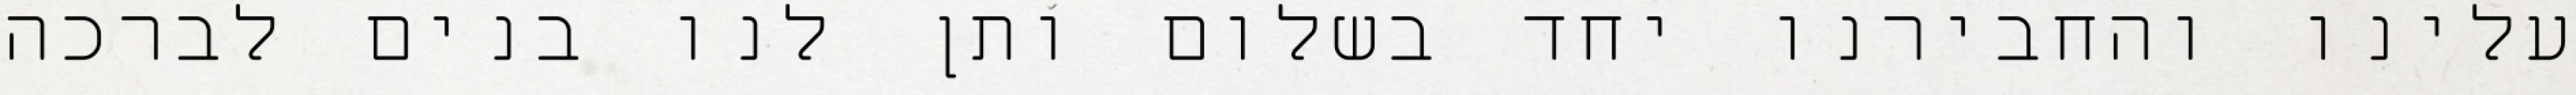
עלינו והחבירנו יחד בשלום ותן לנו בנים לברכה